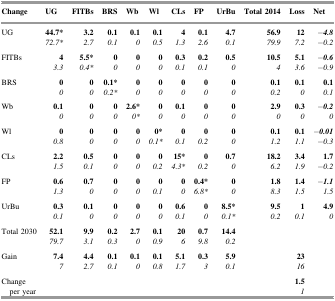
<table><thead><tr><td><b>Change</b></td><td><b>UG</b></td><td><b>FITBs</b></td><td><b>BRS</b></td><td><b>Wb</b></td><td><b>Wl</b></td><td><b>CLs</b></td><td><b>FP</b></td><td><b>UrBu</b></td><td><b>Total 2014</b></td><td><b>Loss</b></td><td><b>Net</b></td></tr></thead><tbody><tr><td rowspan="2">UG</td><td><b>44.7*</b></td><td><b>3.2</b></td><td><b>0.1</b></td><td><b>0.1</b></td><td><b>0.1</b></td><td><b>4</b></td><td><b>0.1</b></td><td><b>4.7</b></td><td><b>56.9</b></td><td><b>12</b></td><td><b><i>−4.8</i></b></td></tr><tr><td><i>72.7*</i></td><td><i>2.7</i></td><td><i>0.1</i></td><td><i>0</i></td><td><i>0.5</i></td><td><i>1.3</i></td><td><i>2.6</i></td><td><i>0.1</i></td><td><i>79.9</i></td><td><i>7.2</i></td><td><i>−0.2</i></td></tr><tr><td rowspan="2">FITBs</td><td><b>4</b></td><td><b>5.5*</b></td><td><b>0</b></td><td><b>0</b></td><td><b>0</b></td><td><b>0.3</b></td><td><b>0.2</b></td><td><b>0.5</b></td><td><b>10.5</b></td><td><b>5.1</b></td><td><b><i>−0.6</i></b></td></tr><tr><td><i>3.3</i></td><td><i>0.4*</i></td><td><i>0</i></td><td><i>0</i></td><td><i>0</i></td><td><i>0.1</i></td><td><i>0.1</i></td><td><i>0</i></td><td><i>4</i></td><td><i>3.6</i></td><td><i>−0.9</i></td></tr><tr><td rowspan="2">BRS</td><td><b>0</b></td><td><b>0</b></td><td><b>0.1*</b></td><td><b>0</b></td><td><b>0</b></td><td><b>0</b></td><td><b>0</b></td><td><b>0</b></td><td><b>0.1</b></td><td><b>0.1</b></td><td><b>0.1</b></td></tr><tr><td><i>0</i></td><td><i>0</i></td><td><i>0.2*</i></td><td><i>0</i></td><td><i>0</i></td><td><i>0</i></td><td><i>0</i></td><td><i>0</i></td><td><i>0.2</i></td><td><i>0</i></td><td><i>0.1</i></td></tr><tr><td rowspan="2">Wb</td><td><b>0.1</b></td><td><b>0</b></td><td><b>0</b></td><td><b>2.6*</b></td><td><b>0</b></td><td><b>0.1</b></td><td><b>0</b></td><td><b>0</b></td><td><b>2.9</b></td><td><b>0.3</b></td><td><b><i>−0.2</i></b></td></tr><tr><td><i>0</i></td><td><i>0</i></td><td><i>0</i></td><td><i>0*</i></td><td><i>0</i></td><td><i>0</i></td><td><i>0</i></td><td><i>0</i></td><td><i>0</i></td><td><i>0</i></td><td><i>0</i></td></tr><tr><td rowspan="2">Wl</td><td><b>0</b></td><td><b>0</b></td><td><b>0</b></td><td><b>0</b></td><td><b>0*</b></td><td><b>0</b></td><td><b>0</b></td><td><b>0</b></td><td><b>0.1</b></td><td><b>0.1</b></td><td><b><i>−0.01</i></b></td></tr><tr><td><i>0.8</i></td><td><i>0</i></td><td><i>0</i></td><td><i>0</i></td><td><i>0.1*</i></td><td><i>0.1</i></td><td><i>0.2</i></td><td><i>0</i></td><td><i>1.2</i></td><td><i>1.1</i></td><td><i>−0.3</i></td></tr><tr><td rowspan="2">CLs</td><td><b>2.2</b></td><td><b>0.5</b></td><td><b>0</b></td><td><b>0</b></td><td><b>0</b></td><td><b>15*</b></td><td><b>0</b></td><td><b>0.7</b></td><td><b>18.2</b></td><td><b>3.4</b></td><td><b>1.7</b></td></tr><tr><td><i>1.5</i></td><td><i>0.1</i></td><td><i>0</i></td><td><i>0</i></td><td><i>0.2</i></td><td><i>4.3*</i></td><td><i>0.2</i></td><td><i>0</i></td><td><i>6.2</i></td><td><i>1.9</i></td><td><i>−0.2</i></td></tr><tr><td rowspan="2">FP</td><td><b>0.6</b></td><td><b>0.7</b></td><td><b>0</b></td><td><b>0</b></td><td><b>0</b></td><td><b>0</b></td><td><b>0.4*</b></td><td><b>0</b></td><td><b>1.8</b></td><td><b>1.4</b></td><td><b><i>−1.1</i></b></td></tr><tr><td><i>1.3</i></td><td><i>0</i></td><td><i>0</i></td><td><i>0</i></td><td><i>0.1</i></td><td><i>0</i></td><td><i>6.8*</i></td><td><i>0</i></td><td><i>8.3</i></td><td><i>1.5</i></td><td><i>1.5</i></td></tr><tr><td rowspan="2">UrBu</td><td><b>0.3</b></td><td><b>0.1</b></td><td><b>0</b></td><td><b>0</b></td><td><b>0</b></td><td><b>0.6</b></td><td><b>0</b></td><td><b>8.5*</b></td><td><b>9.5</b></td><td><b>1</b></td><td><b>4.9</b></td></tr><tr><td><i>0.1</i></td><td><i>0</i></td><td><i>0</i></td><td><i>0</i></td><td><i>0</i></td><td><i>0.1</i></td><td><i>0</i></td><td><i>0.1*</i></td><td><i>0.2</i></td><td><i>0.1</i></td><td><i>0</i></td></tr><tr><td rowspan="2">Total 2030</td><td><b>52.1</b></td><td><b>9.9</b></td><td><b>0.2</b></td><td><b>2.7</b></td><td><b>0.1</b></td><td><b>20</b></td><td><b>0.7</b></td><td><b>14.4</b></td><td></td><td></td><td></td></tr><tr><td><i>79.7</i></td><td><i>3.1</i></td><td><i>0.3</i></td><td><i>0</i></td><td><i>0.9</i></td><td><i>6</i></td><td><i>9.8</i></td><td><i>0.2</i></td><td></td><td></td><td></td></tr><tr><td rowspan="2">Gain</td><td><b>7.4</b></td><td><b>4.4</b></td><td><b>0.1</b></td><td><b>0.1</b></td><td><b>0.1</b></td><td><b>5.1</b></td><td><b>0.3</b></td><td><b>5.9</b></td><td></td><td><b>23</b></td><td></td></tr><tr><td><i>7</i></td><td><i>2.7</i></td><td><i>0.1</i></td><td><i>0</i></td><td><i>0.8</i></td><td><i>1.7</i></td><td><i>3</i></td><td><i>0.1</i></td><td></td><td><i>16</i></td><td></td></tr><tr><td rowspan="2">Change per year</td><td></td><td></td><td></td><td></td><td></td><td></td><td></td><td></td><td></td><td><b>1.5</b></td><td></td></tr><tr><td></td><td></td><td></td><td></td><td></td><td></td><td></td><td></td><td></td><td><i>1</i></td><td></td></tr></tbody></table>